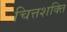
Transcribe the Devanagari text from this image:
चित्तशक्ति